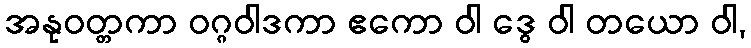
အနုဝတ္တကာ ဝဂ္ဂဝါဒကာ ဧကော ဝါ ဒွေ ဝါ တယော ဝါ,